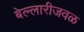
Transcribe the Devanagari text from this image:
बेल्लारीजवळ